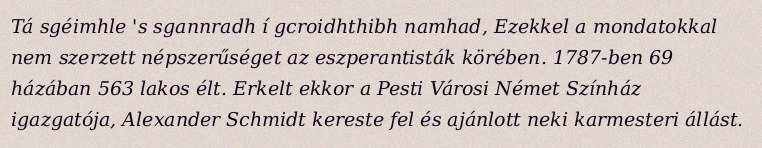
Tá sgéimhle 's sgannradh í gcroidhthibh namhad, Ezekkel a mondatokkal nem szerzett népszerűséget az eszperantisták körében. 1787-ben 69 házában 563 lakos élt. Erkelt ekkor a Pesti Városi Német Színház igazgatója, Alexander Schmidt kereste fel és ajánlott neki karmesteri állást.